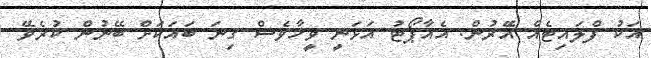
އަކު ފްލައިޓެއް އޭޭެރުން. އެއާޕޯޓު އަޅަނީ ވީހާވެސް ގިނަ ބައަކަށް ބޭނުން ކުރެވޭ